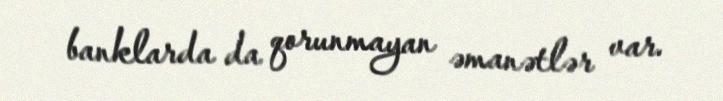
banklarda da qorunmayan əmanətlər var.